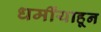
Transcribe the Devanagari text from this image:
धर्मींयाहून